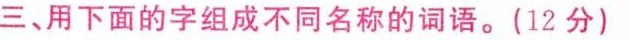
三、用下面的字组成不同名称的词语。(12分)